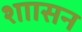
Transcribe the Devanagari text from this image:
शाासन